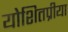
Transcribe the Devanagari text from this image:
योशितप्रीया